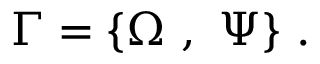
\Gamma = \{ \Omega ~ , ~ \Psi \} ~ .